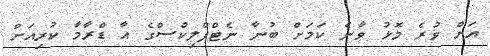
އަށް ވުރެ މޮޅު ވާނެ ކަމަށް ބުނާ ނެޓްފްލިކްސްގެ އާ ޑްރާމާ ކުރިއަށް